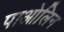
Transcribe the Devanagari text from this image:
पाओलिन